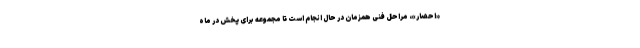
«احضار»، مراحل فنی همزمان در حال انجام است تا مجموعه برای پخش در ماه